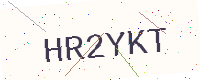
Text: HR2YKT